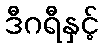
ဒီဂရီနှင့်